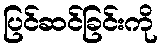
ပြင်ဆင်ခြင်းကို